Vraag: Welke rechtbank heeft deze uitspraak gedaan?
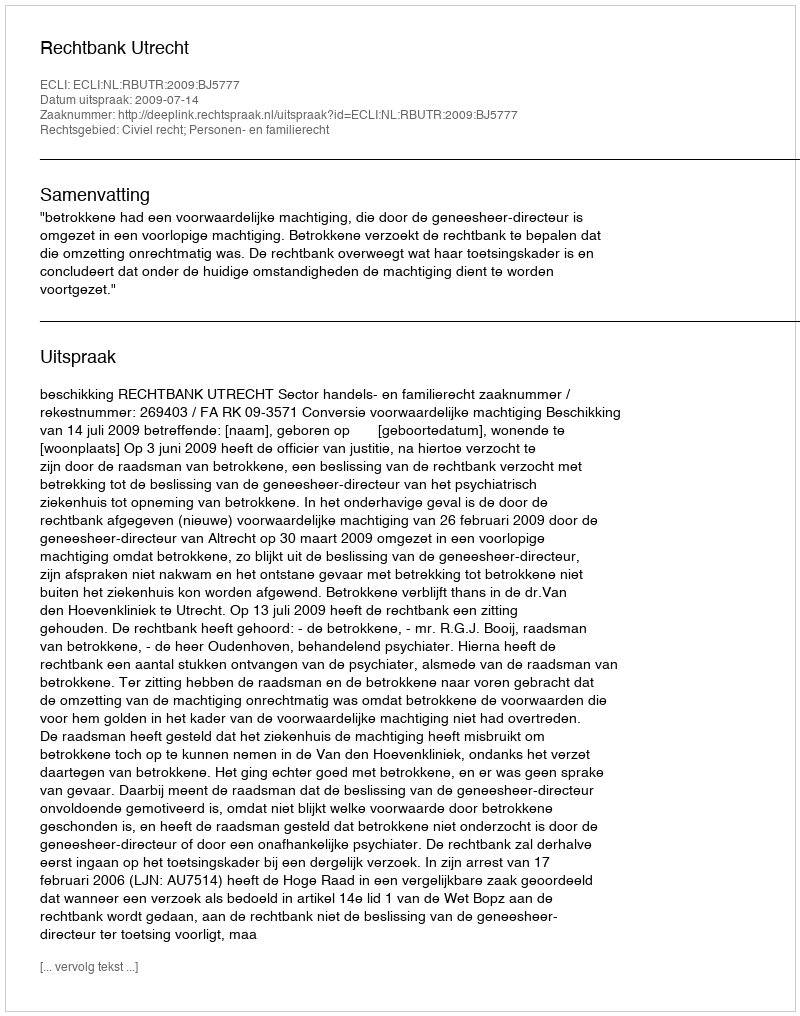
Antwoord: Rechtbank Utrecht